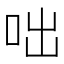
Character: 咄